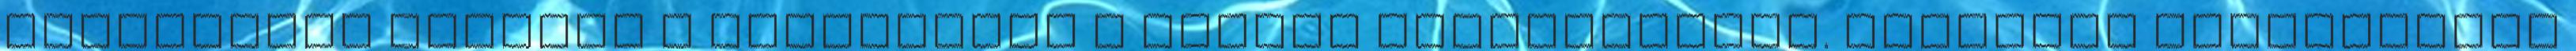
ismereteid alapján a kérdésekre A magyar országgyűlés. Tantárgy megnevezése